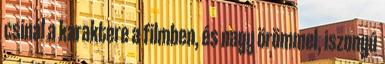
csinál a karaktere a filmben, és nagy örömmel, iszonyú